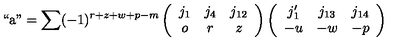
\mathrm { ` ` a " } = \sum ( - 1 ) ^ { r + z + w + p - m } \left( \begin{array} { c c c } { j _ { 1 } } & { j _ { 4 } } & { j _ { 1 2 } } \\ { o } & { r } & { z } \\ \end{array} \right) \left( \begin{array} { c c c } { j _ { 1 } ^ { \prime } } & { j _ { 1 3 } } & { j _ { 1 4 } } \\ { - u } & { - w } & { - p } \\ \end{array} \right)